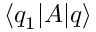
\langle q _ { 1 } | A | q \rangle